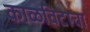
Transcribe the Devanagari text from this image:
काळविटाचा